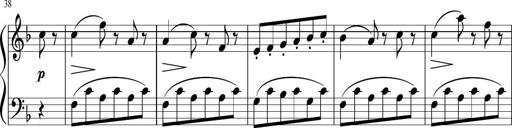
Title: 3 Sonatinen
Composer: Heinrich Lichner